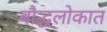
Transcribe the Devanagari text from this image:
बौद्धलोकात